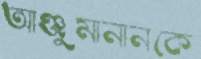
আঞ্জুমানানকে